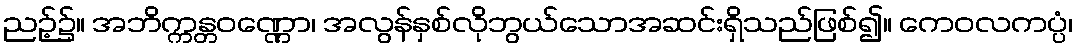
ညဉ့်၌။ အဘိက္ကန္တဝဏ္ဏော၊ အလွန်နှစ်လိုဘွယ်သောအဆင်းရှိသည်ဖြစ်၍။ ကေဝလကပ္ပံ၊